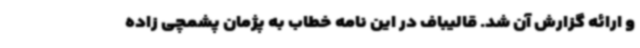
و ارائه گزارش آن شد. قالیباف در این نامه خطاب به پژمان پشمچی زاده